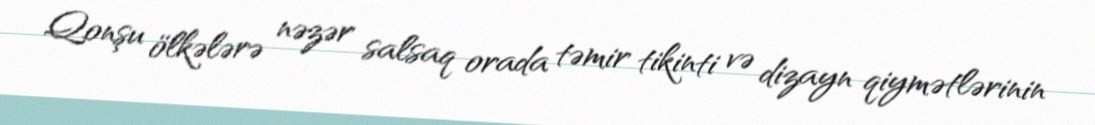
Qonşu ölkələrə nəzər salsaq orada təmir tikinti və dizayn qiymətlərinin